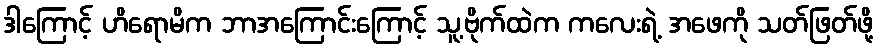
ဒါကြောင့် ဟိရောမိက ဘာအကြောင်းကြောင့် သူ့ဗိုက်ထဲက ကလေးရဲ့ အဖေကို သတ်ဖြတ်ဖို့